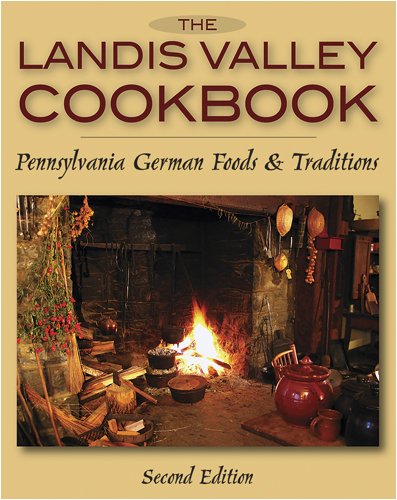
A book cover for Landis Valley Cookbook, The: Pennsylvania German Foods & Traditions; Cookbooks, Food & Wine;